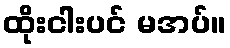
ထိုးငါးပင် မအပ်။